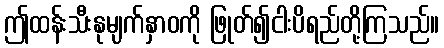
ဤထန်းသီးနုမျက်နှာဝကို ဖြုတ်၍ငါးပိရည်တို့ကြသည်။